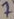
Text: 7